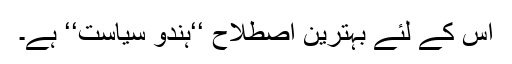
اس کے لئے بہترین اصطلاح ‘‘ہندو سیاست‘‘ ہے۔